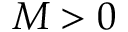
M > 0